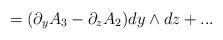
LaTeX: \begin{align*}= (\partial_y A_3 -\partial_z A_2 ) dy\wedge dz +...\end{align*}